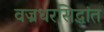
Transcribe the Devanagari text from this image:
वज्रधरसिद्धांत